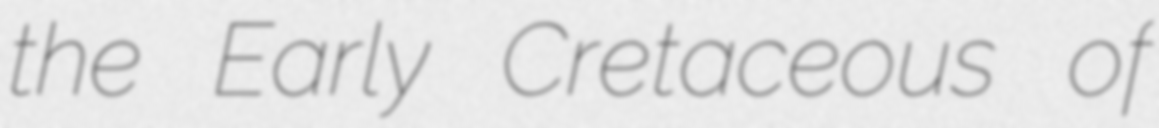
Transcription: the Early Cretaceous of